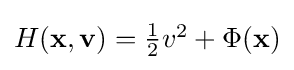
{\textstyle H(\mathbf {x} ,\mathbf {v} )={\frac {1}{2}}v^{2}+\Phi (\mathbf {x} )}